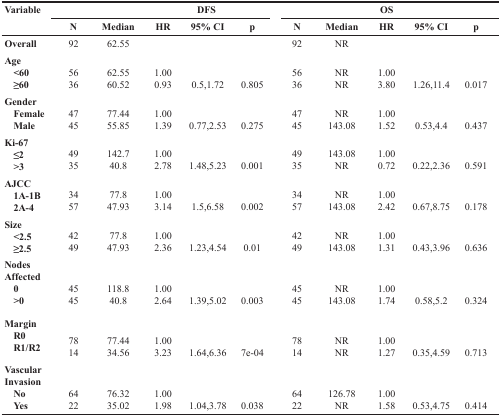
| <ROWSPAN=2> Variable | <COLSPAN=5> DFS | <COLSPAN=5> OS |
 | N | Median | HR | 95% CI | p | N | Median | HR | 95% CI | p |
 | --- | --- | --- | --- | --- | --- | --- | --- | --- | --- | --- |
 | Overall | 92 | 62.55 |  |  |  | 92 | NR | <COLSPAN=3>  |
 | Age <60 ≥60 | 5636 | 62.5560.52 | 1.000.93 | 0.5,1.72 | 0.805 | 5636 | NRNR | 1.003.80 | 1.26,11.4 | 0.017 |
 | Gender Female Male | 4745 | 77.4455.85 | 1.001.39 | 0.77,2.53 | 0.275 | 4745 | NR143.08 | 1.001.52 | 0.53,4.4 | 0.437 |
 | Ki-67 ≤2 >3 | 4935 | 142.740.8 | 1.002.78 | 1.48,5.23 | 0.001 | 4935 | 143.08NR | 1.000.72 | 0.22,2.36 | 0.591 |
 | AJCC 1A-1B 2A-4 | 3457 | 77.847.93 | 1.003.14 | 1.5,6.58 | 0.002 | 3457 | NR143.08 | 1.002.42 | 0.67,8.75 | 0.178 |
 | Size <2.5 ≥2.5 | 4249 | 77.847.93 | 1.002.36 | 1.23,4.54 | 0.01 | 4249 | NR143.08 | 1.001.31 | 0.43,3.96 | 0.636 |
 | Nodes Affected 0 >0 | 4545 | 118.840.8 | 1.002.64 | 1.39,5.02 | 0.003 | 4545 | NR143.08 | 1.001.74 | 0.58,5.2 | 0.324 |
 | Margin R0 R1/R2 | 7814 | 77.4434.56 | 1.003.23 | 1.64,6.36 | 7e-04 | 7814 | NRNR | 1.001.27 | 0.35,4.59 | 0.713 |
 | Vascular Invasion No Yes | 6422 | 76.3235.02 | 1.001.98 | 1.04,3.78 | 0.038 | 6422 | 126.78NR | 1.001.58 | 0.53,4.75 | 0.414 |